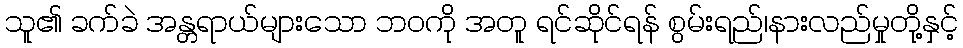
သူ၏ ခက်ခဲ အန္တရာယ်များသော ဘဝကို အတူ ရင်ဆိုင်ရန် စွမ်းရည်၊နားလည်မှုတို့နှင့်